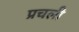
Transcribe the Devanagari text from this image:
प्रचली